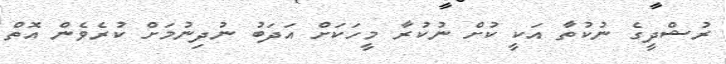
ރުޝްދީގެ ނުކުތާ އަކީ ކުށް ނުކުރާ މީހަކަށް އަދަބު ނުދިނުމަށް ކުރެވެން އޮތް